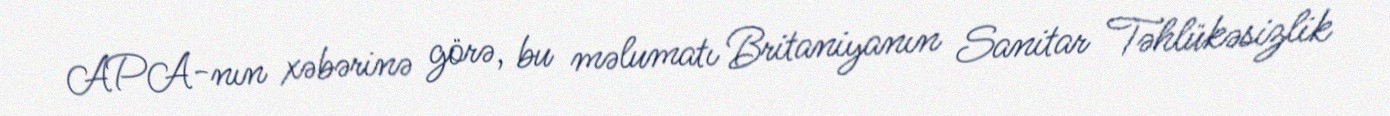
APA-nın xəbərinə görə, bu məlumatı Britaniyanın Sanitar Təhlükəsizlik